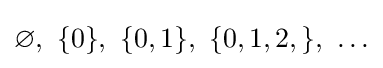
\varnothing ,\ \{0\},\ \{0,1\},\ \{0,1,2,\},\ \ldots